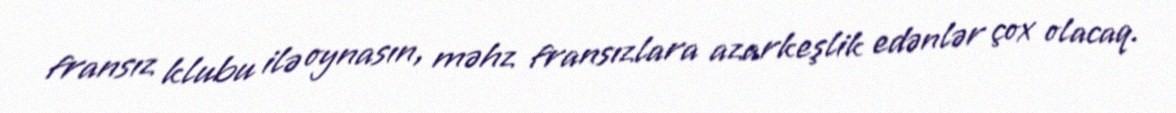
fransız klubu ilə oynasın, məhz fransızlara azarkeşlik edənlər çox olacaq.